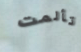
تألمت